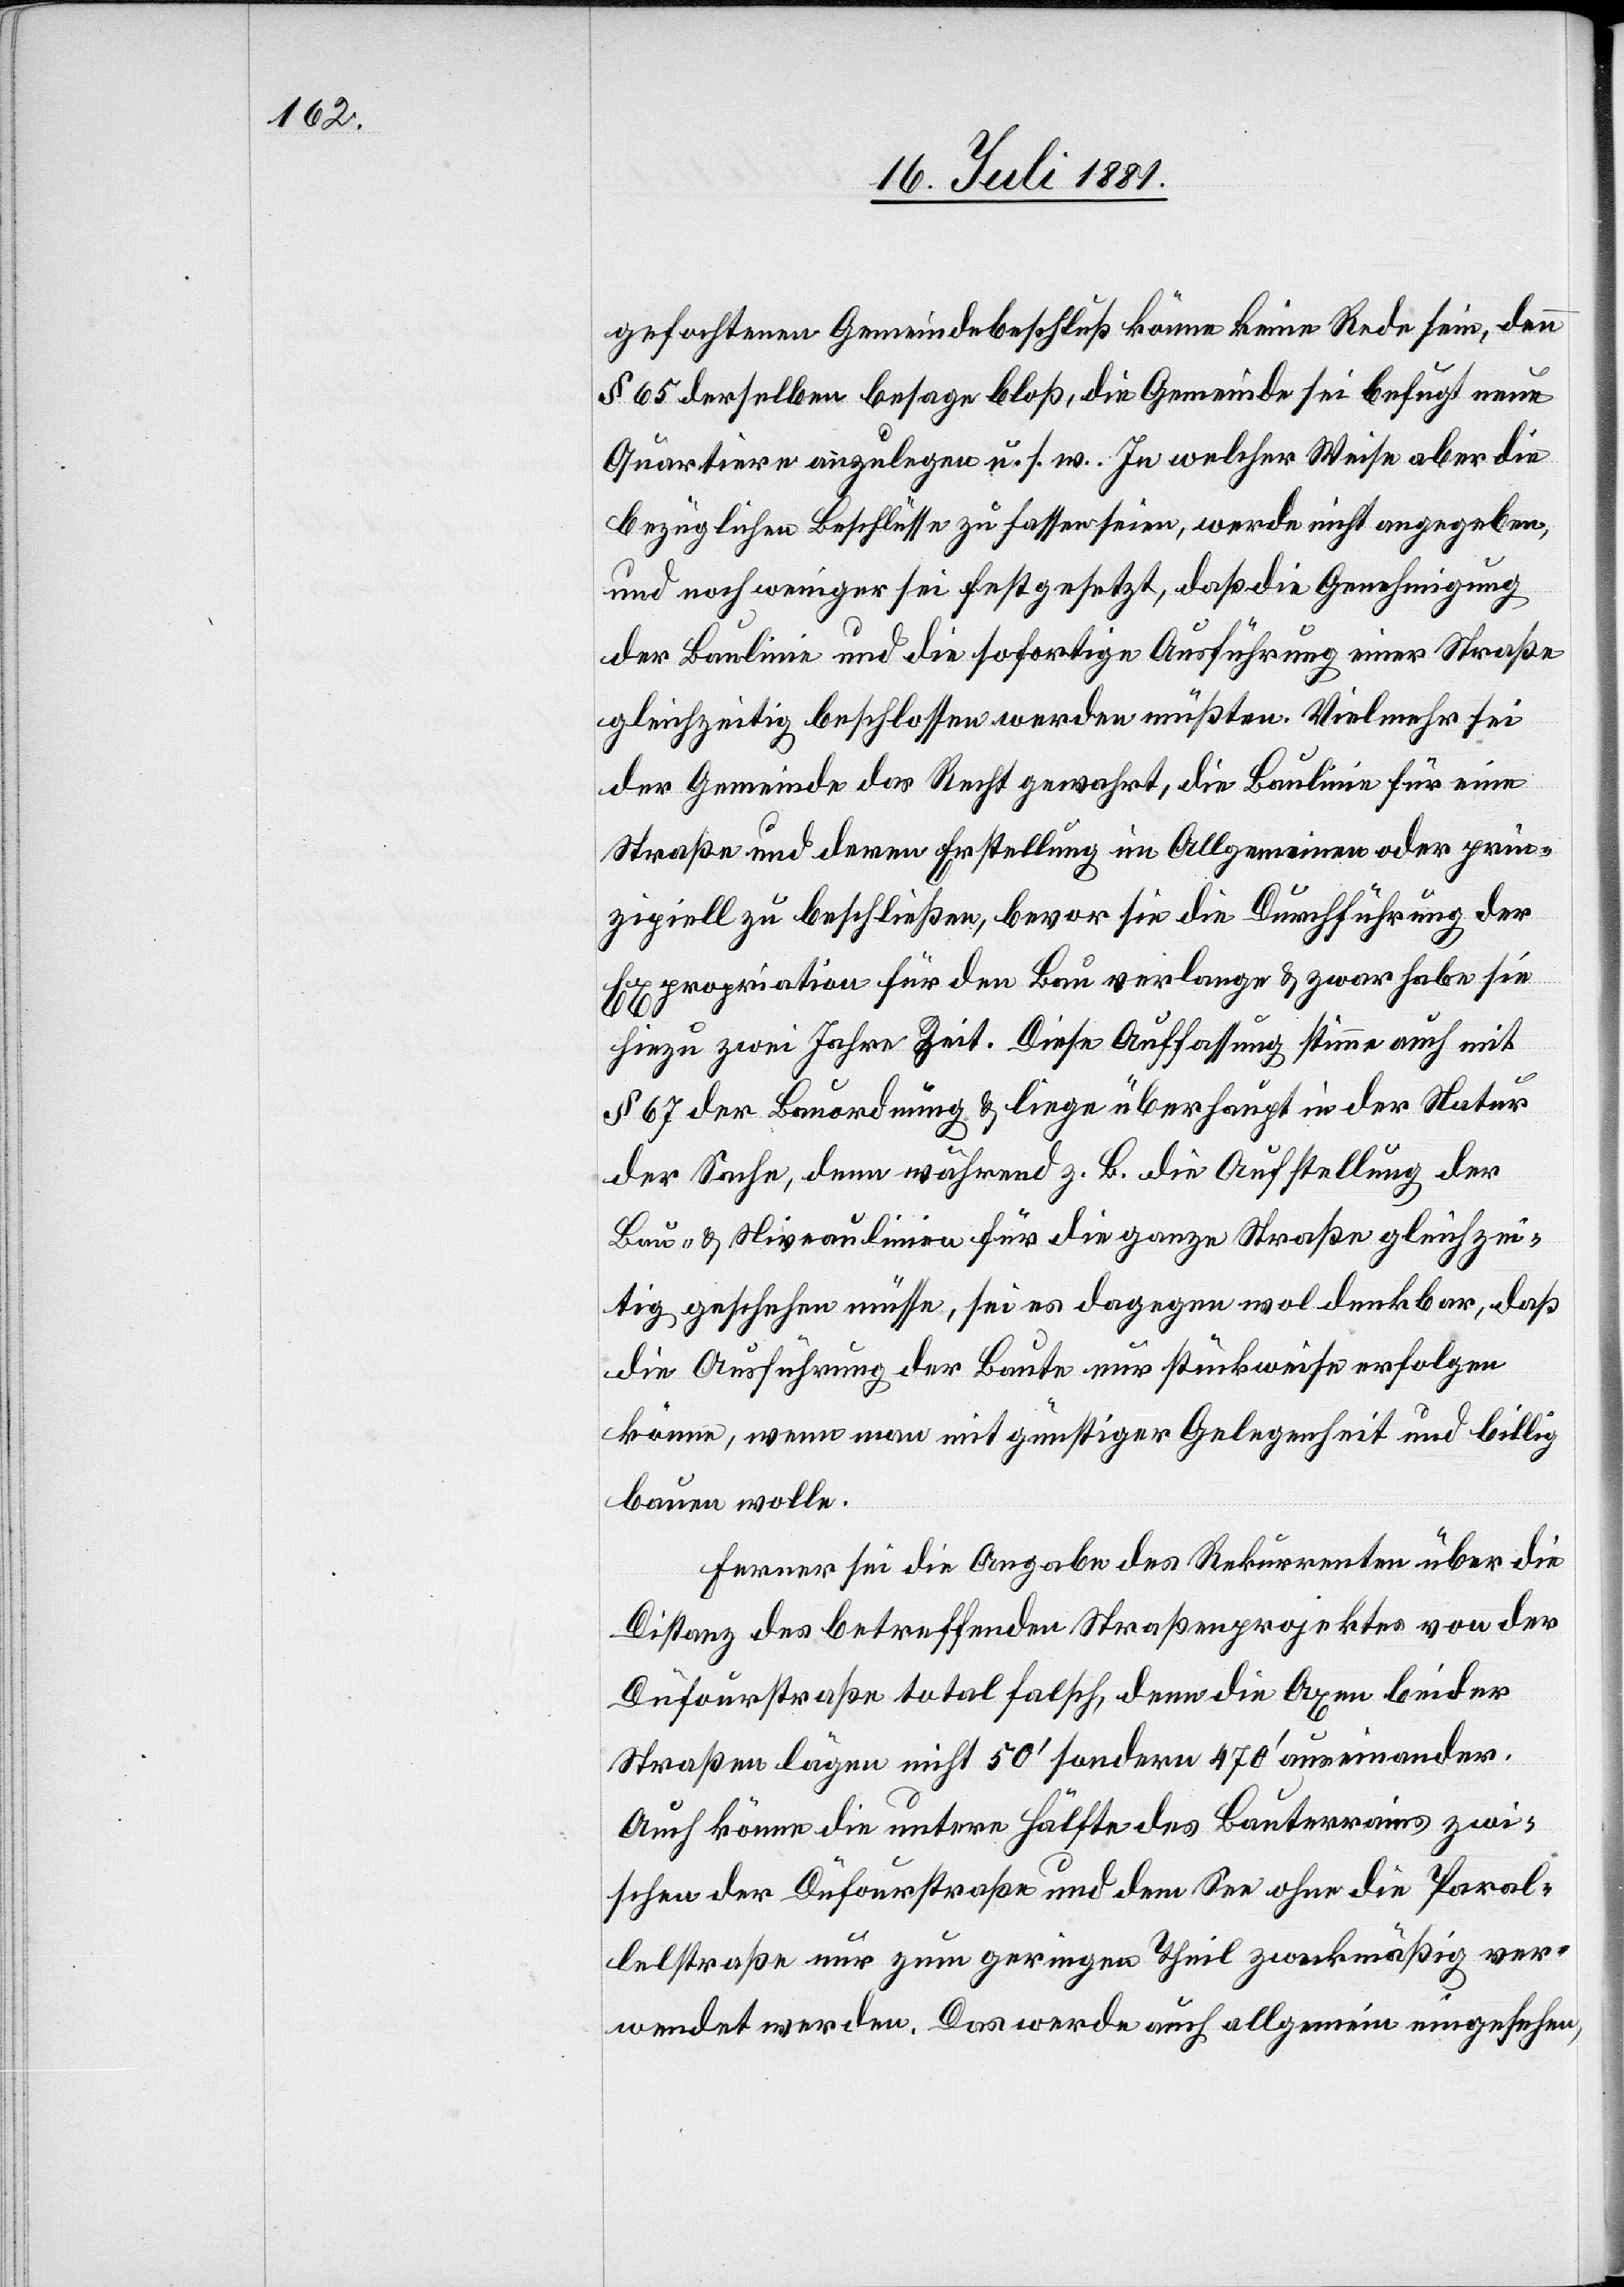
gefochtenen Gemeindebeschluß könne keine Rede sein, denn
§ 65 derselben besage bloß, die Gemeinde sei befugt neue
Quartiere anzulegen u. s. w. In welcher Weise aber die
bezüglichen Beschlüsse zu fassen seien, werde nicht angegeben,
und noch weniger sei festgesetzt, daß die Genehmigung
der Baulinie und die sofortige Ausführung einer Straße
gleichzeitig beschlossen werden müßten. Vielmehr sei
der Gemeinde das Recht gewahrt, die Baulinien für eine
Straße und deren Erstellung im Allgemeinen oder prin¬
zipiell zu beschließen, bevor sie die Durchführung der
Expropriation für den Bau verlange & zwar habe sie
hiezu zwei Jahr Zeit. Diese Auffassung stimme auch mit
§ 67 der Bauordnung [sic!] & liege überhaupt in der Natur
der Sache, denn während z. B. die Aufstellung der
Bau- & Niveaulinien für die ganze Straße gleichzei¬
tig geschehen müsse, sei es dagegen wol denkbar, daß
die Ausführung der Baute nur stückweise erfolgen
könne, wenn man mit günstiger Gelegenheit und billig
bauen wolle.
Ferner sei die Angabe des Rekurrenten über die
Distanz des betreffenden Straßenprojektes von der
Dufourstraße total falsch, denn die Axen beider
Straßen lägen nicht 50‘ sondern 470‘ auseinander.
Auch könne die untere Hälfte des Bauterrains zwi¬
schen der Dufourstraße und dem See ohne die Paral¬
lelstraße nur zum geringen Theil zweckmäßig ver¬
wendet werden. Das werde auch allgemein eingesehen,